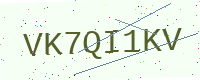
Text: VK7QI1KV